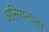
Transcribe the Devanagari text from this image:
असियनांला